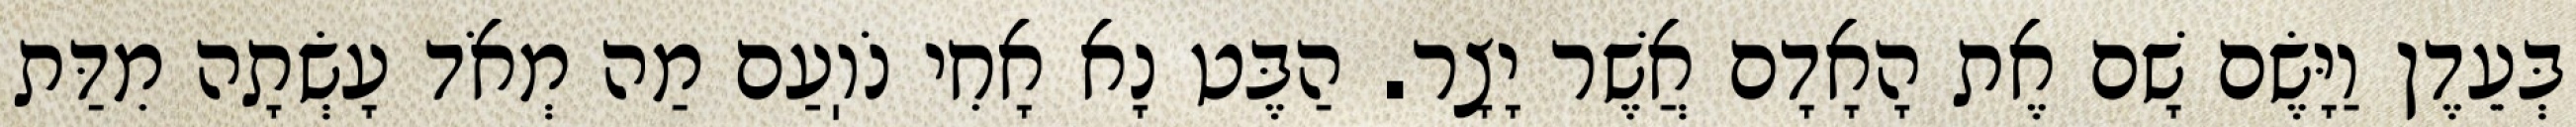
בְּעֵדֶן וַיָּשֶׂם שָׁם אֶת הָאָדָם אֲשֶׁר יָצָר. הַבֶּט נָא אָחִי נֹוֽעַם מַה מְאֹד עָשְׂתָה מִדַּת